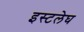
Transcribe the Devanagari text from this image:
इस्टलेघ